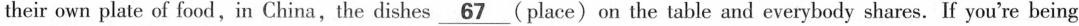
their own plate of food,in China,the dishes \underline{67} (place) on the table and everybody shares. If you're being